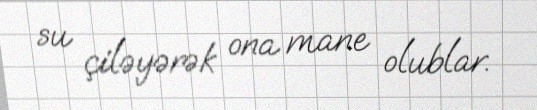
su çiləyərək ona mane olublar.